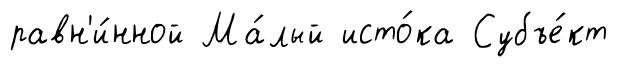
равн'и́нной Ма́лый исто́ка Субъе́кт